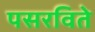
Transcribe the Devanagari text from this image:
पसरविते